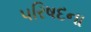
પરિષદના